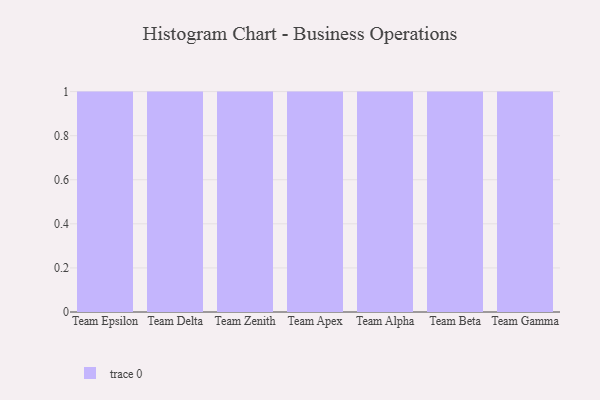
{"axis": {"x": "Team", "y": "Humidity (%)"}, "legend": [""], "data": [{"x": "Team Epsilon", "y": 14, "type": ""}, {"x": "Team Delta", "y": 91, "type": ""}, {"x": "Team Zenith", "y": 5, "type": ""}, {"x": "Team Apex", "y": 42, "type": ""}, {"x": "Team Alpha", "y": 76, "type": ""}, {"x": "Team Beta", "y": 28, "type": ""}, {"x": "Team Gamma", "y": 21, "type": ""}]}